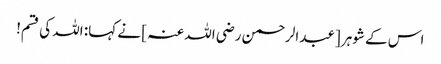
اس کے شوہر [عبدالرحمن رضی اللہ عنہ ] نے کہا: اللہ کی قسم!